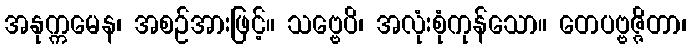
အနုက္ကမေန၊ အစဉ်အားဖြင့်။ သဗ္ဗေပိ၊ အလုံးစုံကုန်သော။ တေပဗ္ဗဇ္ဇိတာ၊